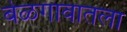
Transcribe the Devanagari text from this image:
बेळगावातला